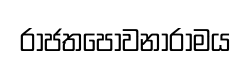
රාජතපෝවනාරාමය